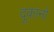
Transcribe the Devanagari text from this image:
दूकानो